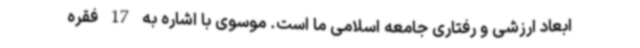
ابعاد ارزشی و رفتاری جامعه اسلامی ما است. موسوی با اشاره به 17 فقره